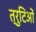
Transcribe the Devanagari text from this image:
त्रुटिओं